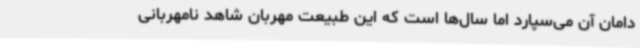
دامان آن می‌سپارد اما سال‌ها است که این طبیعت مهربان شاهد نامهربانی